Document type: Sale
Year: 1235
Scribe: Pere de Bages
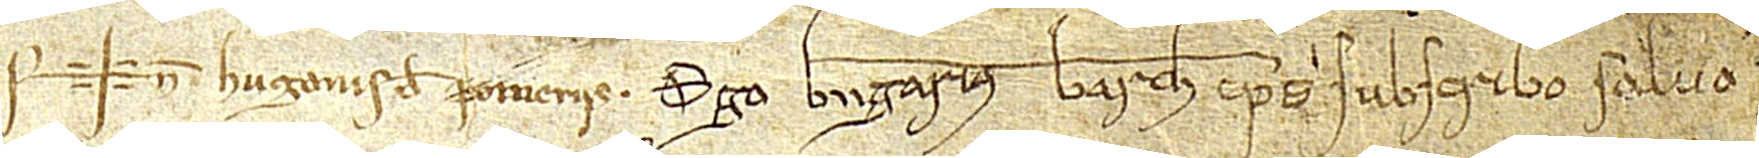
Sig+num Hugonis de Pomeriis. Ego Berengarius, Barchinonensis episcopus, subscribo salvo